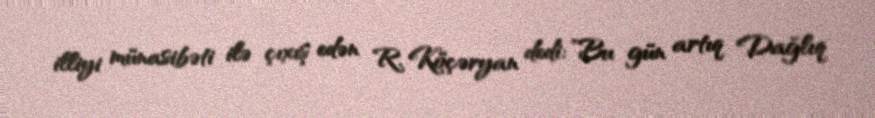
illiyi münasibəti ilə çıxış edən R. Köçəryan dedi: ”Bu gün artıq Dağlıq